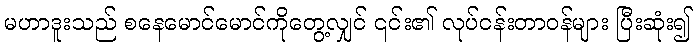
မဟာဒူးသည် စနေမောင်မောင်ကိုတွေ့လျှင် ၎င်း၏ လုပ်ငန်းတာဝန်များ ပြီးဆုံး၍